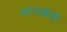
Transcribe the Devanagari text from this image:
फ्रांसशीही